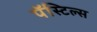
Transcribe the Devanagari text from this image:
पॅस्टिल्स